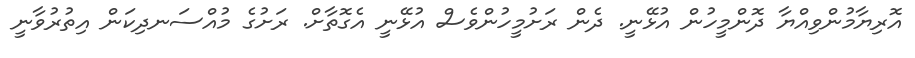
އޮރިޔާމުންވިއްޔާ ދޮންމީހުން އުޅޭނީ. ދެން ރަށުމީހުންވެސް އުޅޭނީ އެގޮތާށް. ރަށުގެ މުއްސަނދިކަން އިތުރުވާނީ